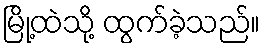
မြို့ထဲသို့ ထွက်ခဲ့သည်။